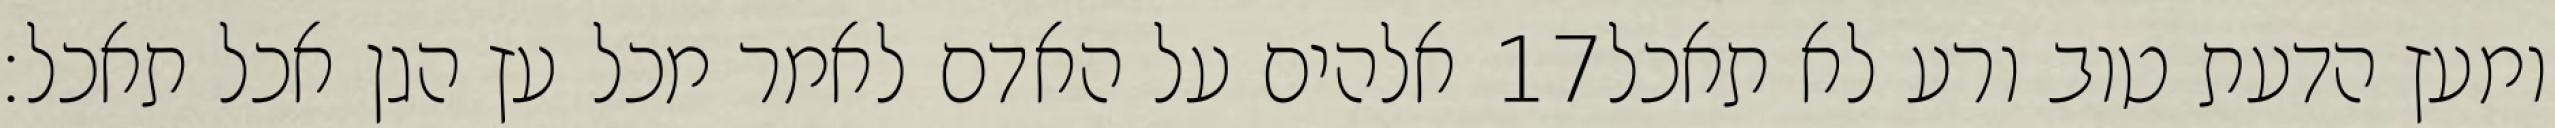
אלהים על האדם לאמר מכל עץ הגן אכל תאכל׃ ‎17‏ ומעץ הדעת טוב ורע לא תאכל